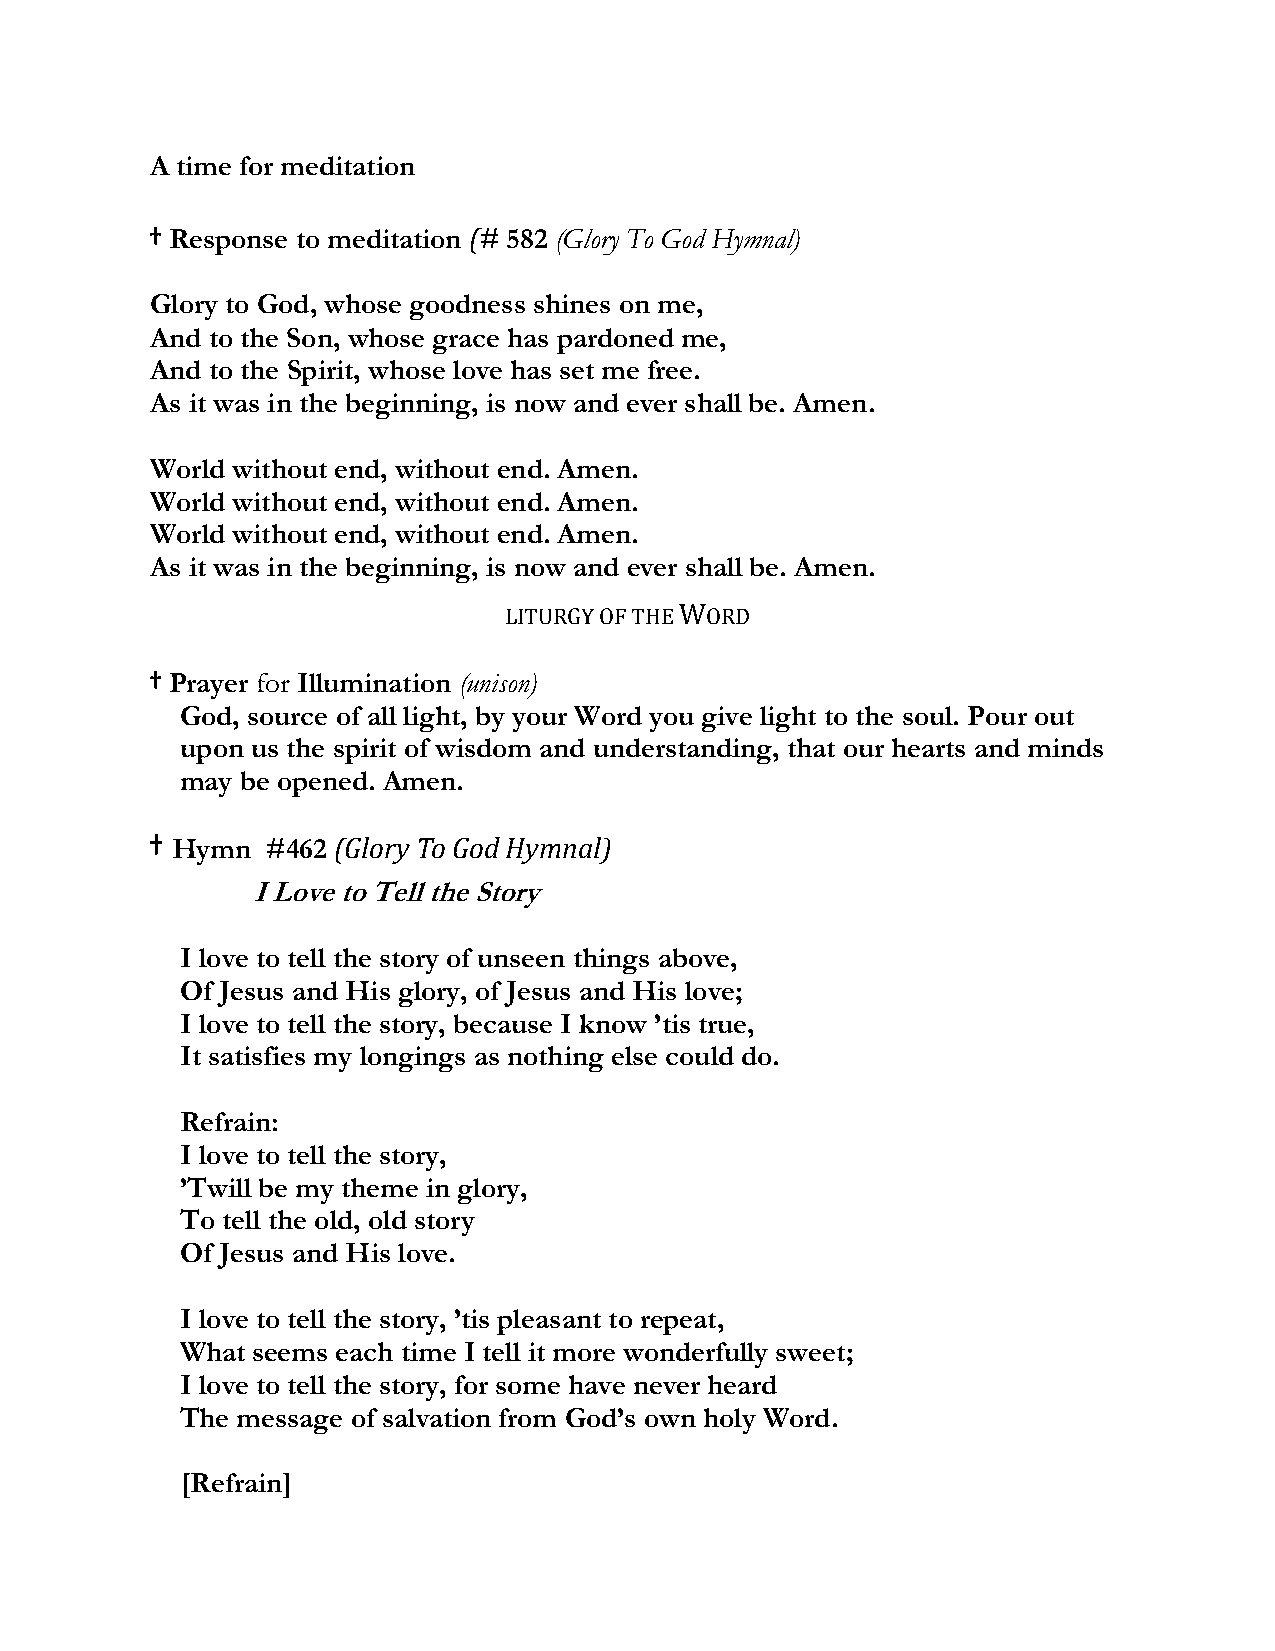
A time for meditation
 † Response to meditation (# 582 (Glory To God Hymnal)
 Glory to God, whose goodness shines on me,
 And to the Son, whose grace has pardoned me,
 And to the Spirit, whose love has set me free.
 As it was in the beginning, is now and ever shall be. Amen.
 World without end, without end. Amen.
 World without end, without end. Amen.
 World without end, without end. Amen.
 As it was in the beginning, is now and ever shall be. Amen.
 LITURGY OF THE WORD
 † Prayer for Illumination (unison)
 God, source of all light, by your Word you give light to the soul. Pour out
 upon us the spirit of wisdom and understanding, that our hearts and minds
 may be opened. Amen.
 † Hymn  #462 (Glory To God Hymnal)
 I Love to Tell the Story
 I love to tell the story of unseen things above,
 Of Jesus and His glory, of Jesus and His love;
 I love to tell the story, because I know ’tis true,
 It satisfies my longings as nothing else could do.
 Refrain:
 I love to tell the story,
 ’Twill be my theme in glory,
 To tell the old, old story
 Of Jesus and His love.
 I love to tell the story, ’tis pleasant to repeat,
 What seems each time I tell it more wonderfully sweet;
 I love to tell the story, for some have never heard
 The message of salvation from God’s own holy Word.
 [Refrain]